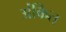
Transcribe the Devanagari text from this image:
अंकित